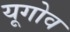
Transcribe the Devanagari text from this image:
यूगोव